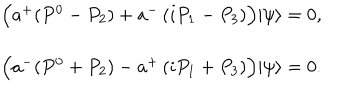
LaTeX: \begin{array} { c } { { \Bigl ( a ^ { + } ( P ^ { 0 } - P _ { 2 } ) + a ^ { - } \left( i P _ { 1 } - P _ { 3 } \right) \Bigr ) | \psi \rangle = 0 , } } \\ { { \Bigl ( a ^ { - } ( P ^ { 0 } + P _ { 2 } ) - a ^ { + } \left( i P _ { 1 } + P _ { 3 } \right) \Bigr ) | \psi \rangle = 0 . } } \\ \end{array}